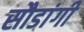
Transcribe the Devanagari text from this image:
सौडांगी